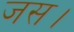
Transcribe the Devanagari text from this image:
जस।